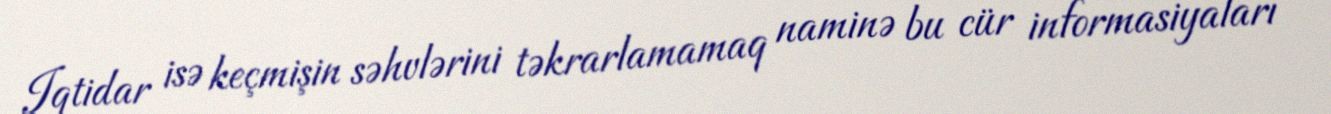
Iqtidar isə keçmişin səhvlərini təkrarlamamaq naminə bu cür informasiyaları